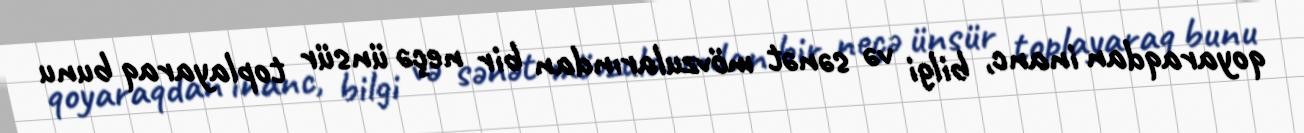
qoyaraqdan inanc, bilgi və sənət mövzularından bir neçə ünsür toplayaraq bunu